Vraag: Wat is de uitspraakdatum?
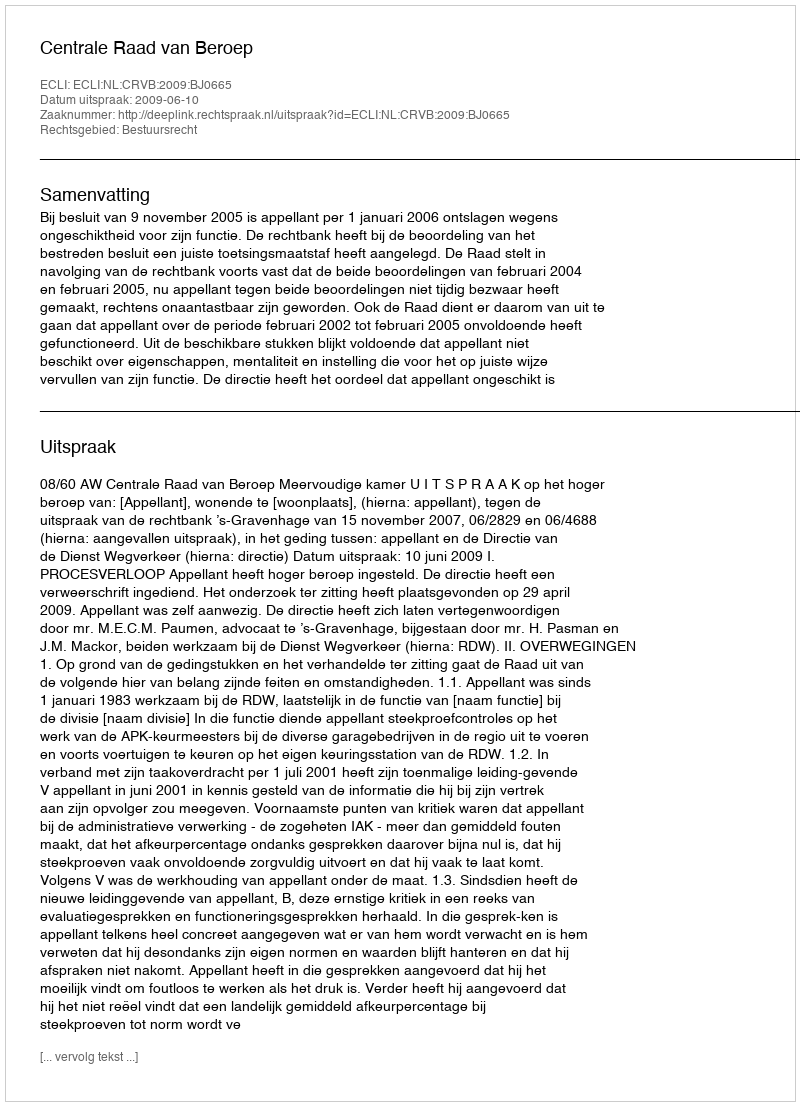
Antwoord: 2009-06-10